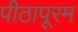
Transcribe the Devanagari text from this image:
पीठापूरम